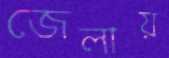
জেলায়